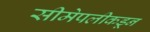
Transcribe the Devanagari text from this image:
सीमेपलीकडून